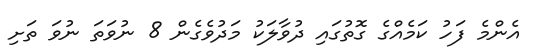
އެންމެ ފަހު ކަމެއްގެ ގޮތުގައި ދުވާލަކު މަދުވެގެން 8 ނުވަތަ ނުވަ ތަށި